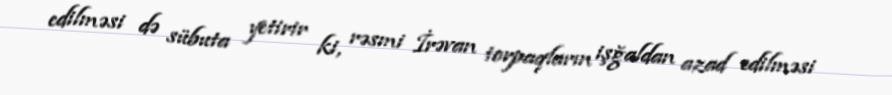
edilməsi də sübuta yetirir ki, rəsmi İrəvan torpaqların işğaldan azad edilməsi